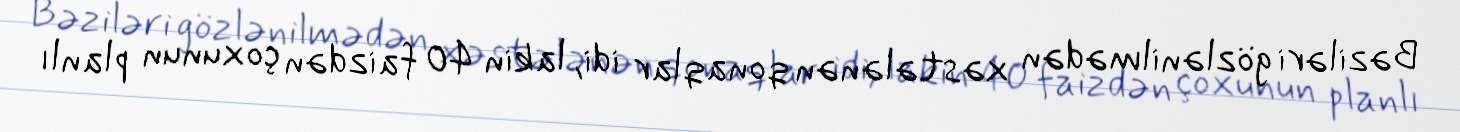
Bəziləri gözlənilmədən xəstələnən qonaqlar idi, lakin 40 faizdən çoxunun planlı